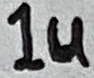
Text: 1u